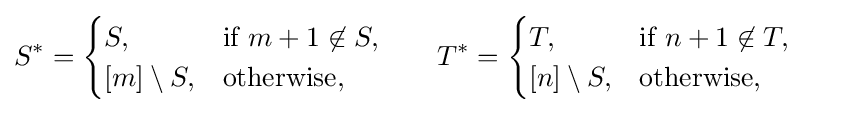
S^{*}={\begin{cases}S,&{\text{if }}m+1\not \in S,\\{[m]}\setminus S,&{\text{otherwise}},\end{cases}}\qquad T^{*}={\begin{cases}T,&{\text{if }}n+1\not \in T,\\{[n]}\setminus S,&{\text{otherwise}},\end{cases}}\qquad